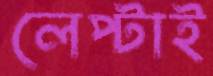
লেপ্‌টাই